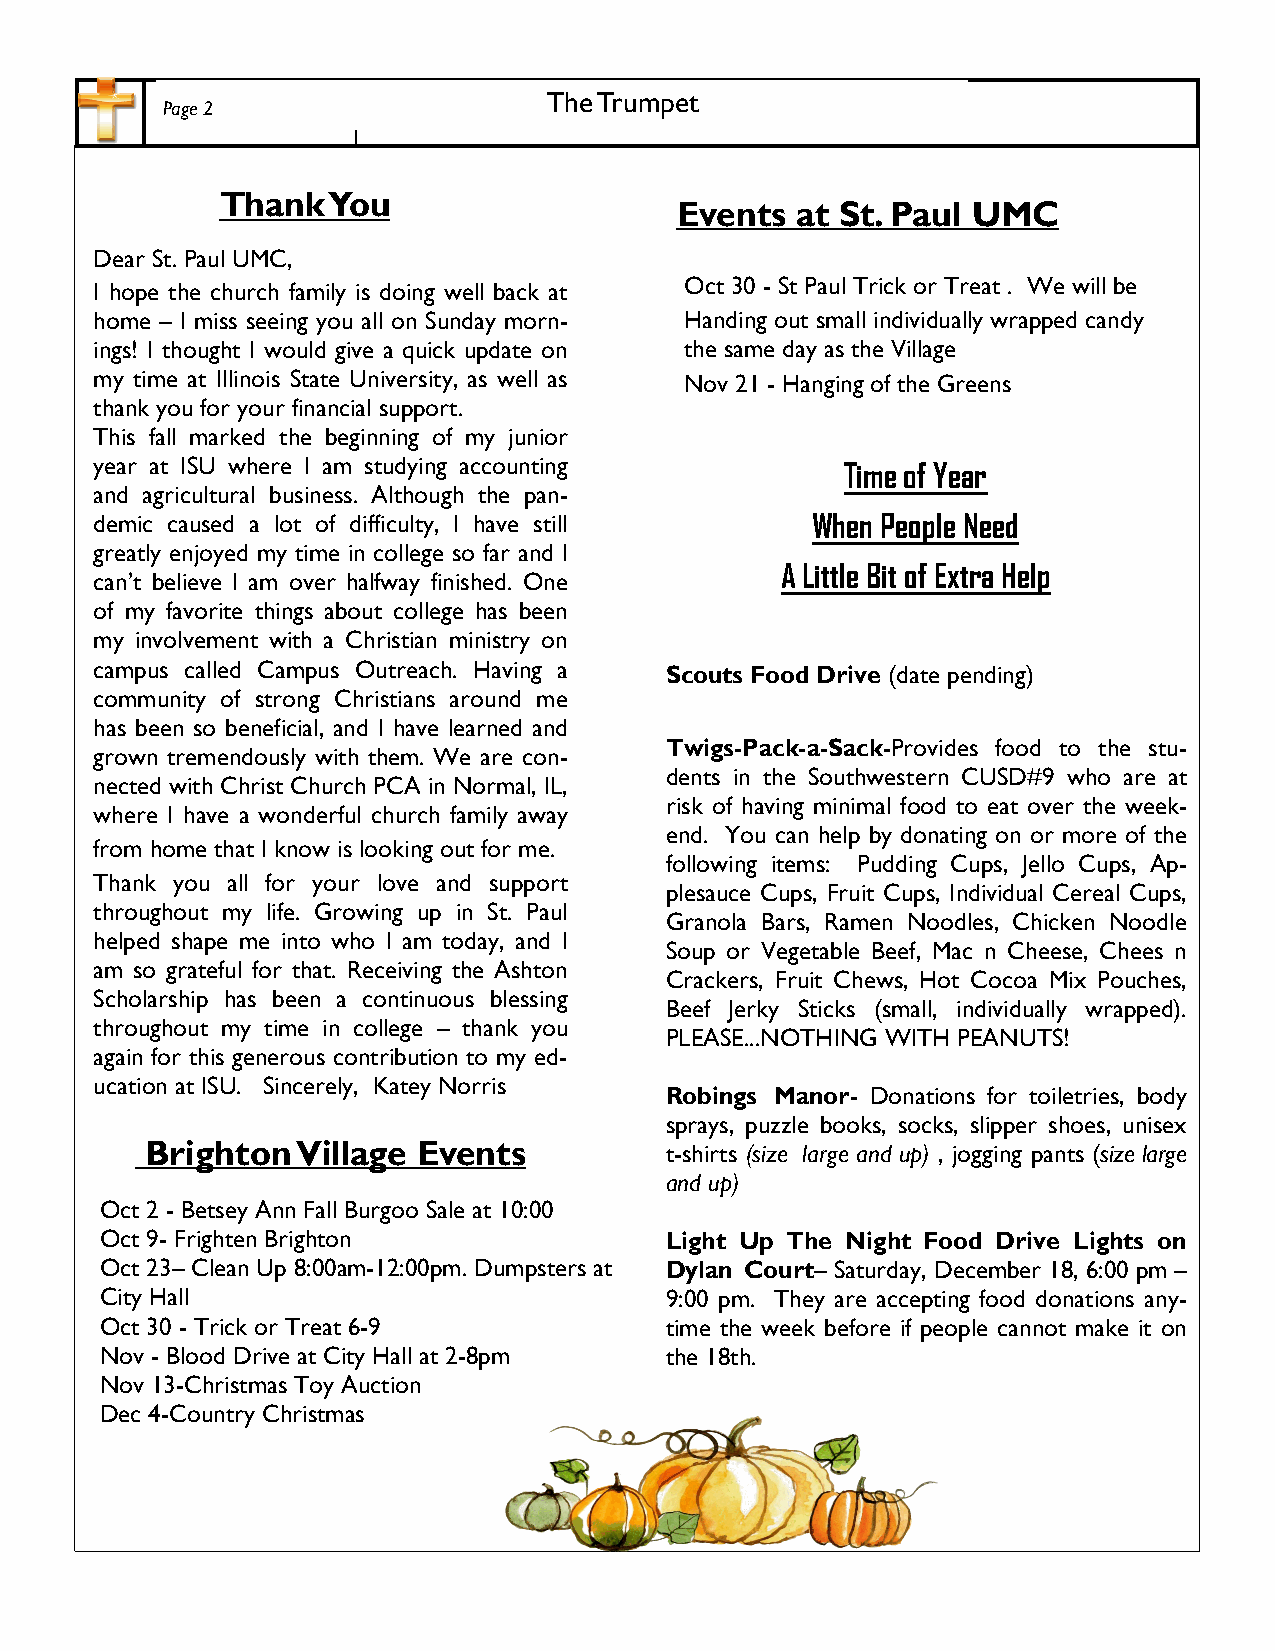
The Trumpet
 Page 2
 Thank  You
 Events  at St. Paul UMC
 Dear St. Paul UMC,
 I hope the church family is doing well back at Oct 30 - St Paul Trick or Treat . We will be
 home – I miss seeing you all on Sunday morn- Handing out small individually wrapped candy
 ings! I thought I would give a quick update on the same day as the Village
 my time at Illinois State University, as well as Nov 21 - Hanging of the Greens
 thank you for your financial support.
 This fall marked the beginning of my junior
 year at ISU where I am studying accounting
 Time of Year
 and agricultural business. Although the pan-
 demic caused a lot of difficulty, I have still  When People Need
 greatly enjoyed my time in college so far and I
 A Little Bit of Extra Help
 can’t believe I am over halfway finished. One
 of my favorite things about college has been
 my involvement with a Christian ministry on
 campus called Campus Outreach. Having a Scouts Food Drive (date pending)
 community of strong Christians around me
 has been so beneficial, and I have learned and
 Twigs-Pack-a-Sack-Provides food to the stu-
 grown tremendously with them. We are con-
 dents in the Southwestern CUSD#9 who are at
 nected with Christ Church PCA in Normal, IL,
 risk of having minimal food to eat over the week-
 where I have a wonderful church family away
 end. You can help by donating on or more of the
 from home that I know is looking out for me.
 following items: Pudding Cups, Jello Cups, Ap-
 Thank you all for your love and support
 plesauce Cups, Fruit Cups, Individual Cereal Cups,
 throughout my life. Growing up in St. Paul
 Granola Bars, Ramen Noodles, Chicken Noodle
 helped shape me into who I am today, and I
 Soup or Vegetable Beef, Mac n Cheese, Chees n
 am so grateful for that. Receiving the Ashton
 Crackers, Fruit Chews, Hot Cocoa Mix Pouches,
 Scholarship has been a continuous blessing
 Beef Jerky Sticks (small, individually wrapped).
 throughout my time in college – thank you
 PLEASE...NOTHING WITH PEANUTS!
 again for this generous contribution to my ed-
 ucation at ISU. Sincerely, Katey Norris
 Robings Manor- Donations for toiletries, body
 sprays, puzzle books, socks, slipper shoes, unisex
 Brighton  Village Events          t-shirts (size large and up) , jogging pants (size large
 and up)
 Oct 2 - Betsey Ann Fall Burgoo Sale at 10:00
 Oct 9- Frighten Brighton             Light Up The Night Food Drive Lights on
 Oct 23– Clean Up 8:00am-12:00pm. Dumpsters at Dylan Court– Saturday, December 18, 6:00 pm –
 City Hall                            9:00 pm. They are accepting food donations any-
 Oct 30 - Trick or Treat 6-9          time the week before if people cannot make it on
 Nov - Blood Drive at City Hall at 2-8pm the 18th.
 Nov 13-Christmas Toy Auction
 Dec 4-Country Christmas